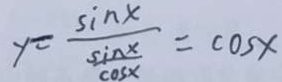
y = \frac { \sin x } { \frac { \sin x } { \cos x } } = \cos x